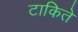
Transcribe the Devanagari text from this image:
टाकिते